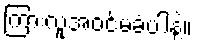
ကြားလူအဝင်မခံပါနဲ့။